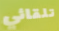
تلقائي